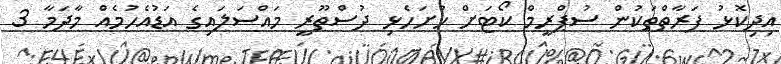
އިދިކޮޅު ފަރާތްތަކުން ސުޕްރީމް ކޯޓަށް ހުށަހެޅި ދުސްތޫރީ މައްސަލައިގެ އަޑުއެހުމެއް މާދަމާ 3